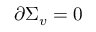
\partial \Sigma _ { v } = 0